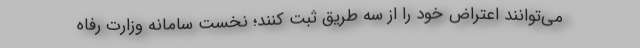
می‌توانند اعتراض خود را از سه طریق ثبت کنند؛ نخست سامانه وزارت رفاه